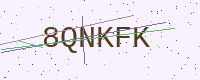
Text: 8QNKFK